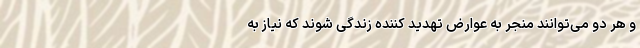
و هر دو می‌توانند منجر به عوارض تهدید کننده زندگی شوند که نیاز به